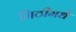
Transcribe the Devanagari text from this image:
मिठीमधे